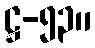
ဋ္ဌ-၅၃။